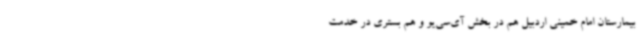
بیمارستان امام خمینی اردبیل هم در بخش آی‌سی‌یو و هم بستری در خدمت